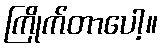
ကြိုက်တာပေါ့။